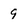
Character: 9